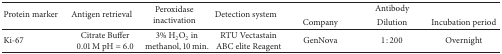
| <ROWSPAN=2> Protein marker | <ROWSPAN=2> Antigen retrieval | <ROWSPAN=2> Peroxidase inactivation | <ROWSPAN=2> Detection system | <COLSPAN=3> Antibody |
 | Company | Dilution | Incubation period |
 | --- | --- | --- | --- | --- | --- | --- |
 | Ki-67 | Citrate Buffer 0.01 M pH = 6.0 | 3% H2O2 in methanol, 10 min. | RTU Vectastain ABC elite Reagent | GenNova | 1 : 200 | Overnight |